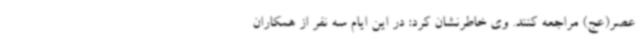
عصر(عج) مراجعه کنند. وی خاطرنشان کرد: در این ایام سه نفر از همکاران